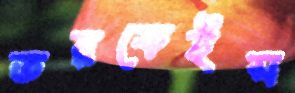
তরফেইস